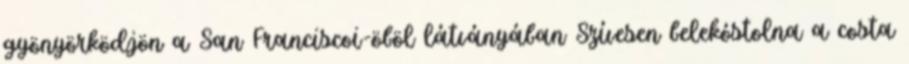
gyönyörködjön a San Franciscoi-öböl látványában Szívesen belekóstolna a costa